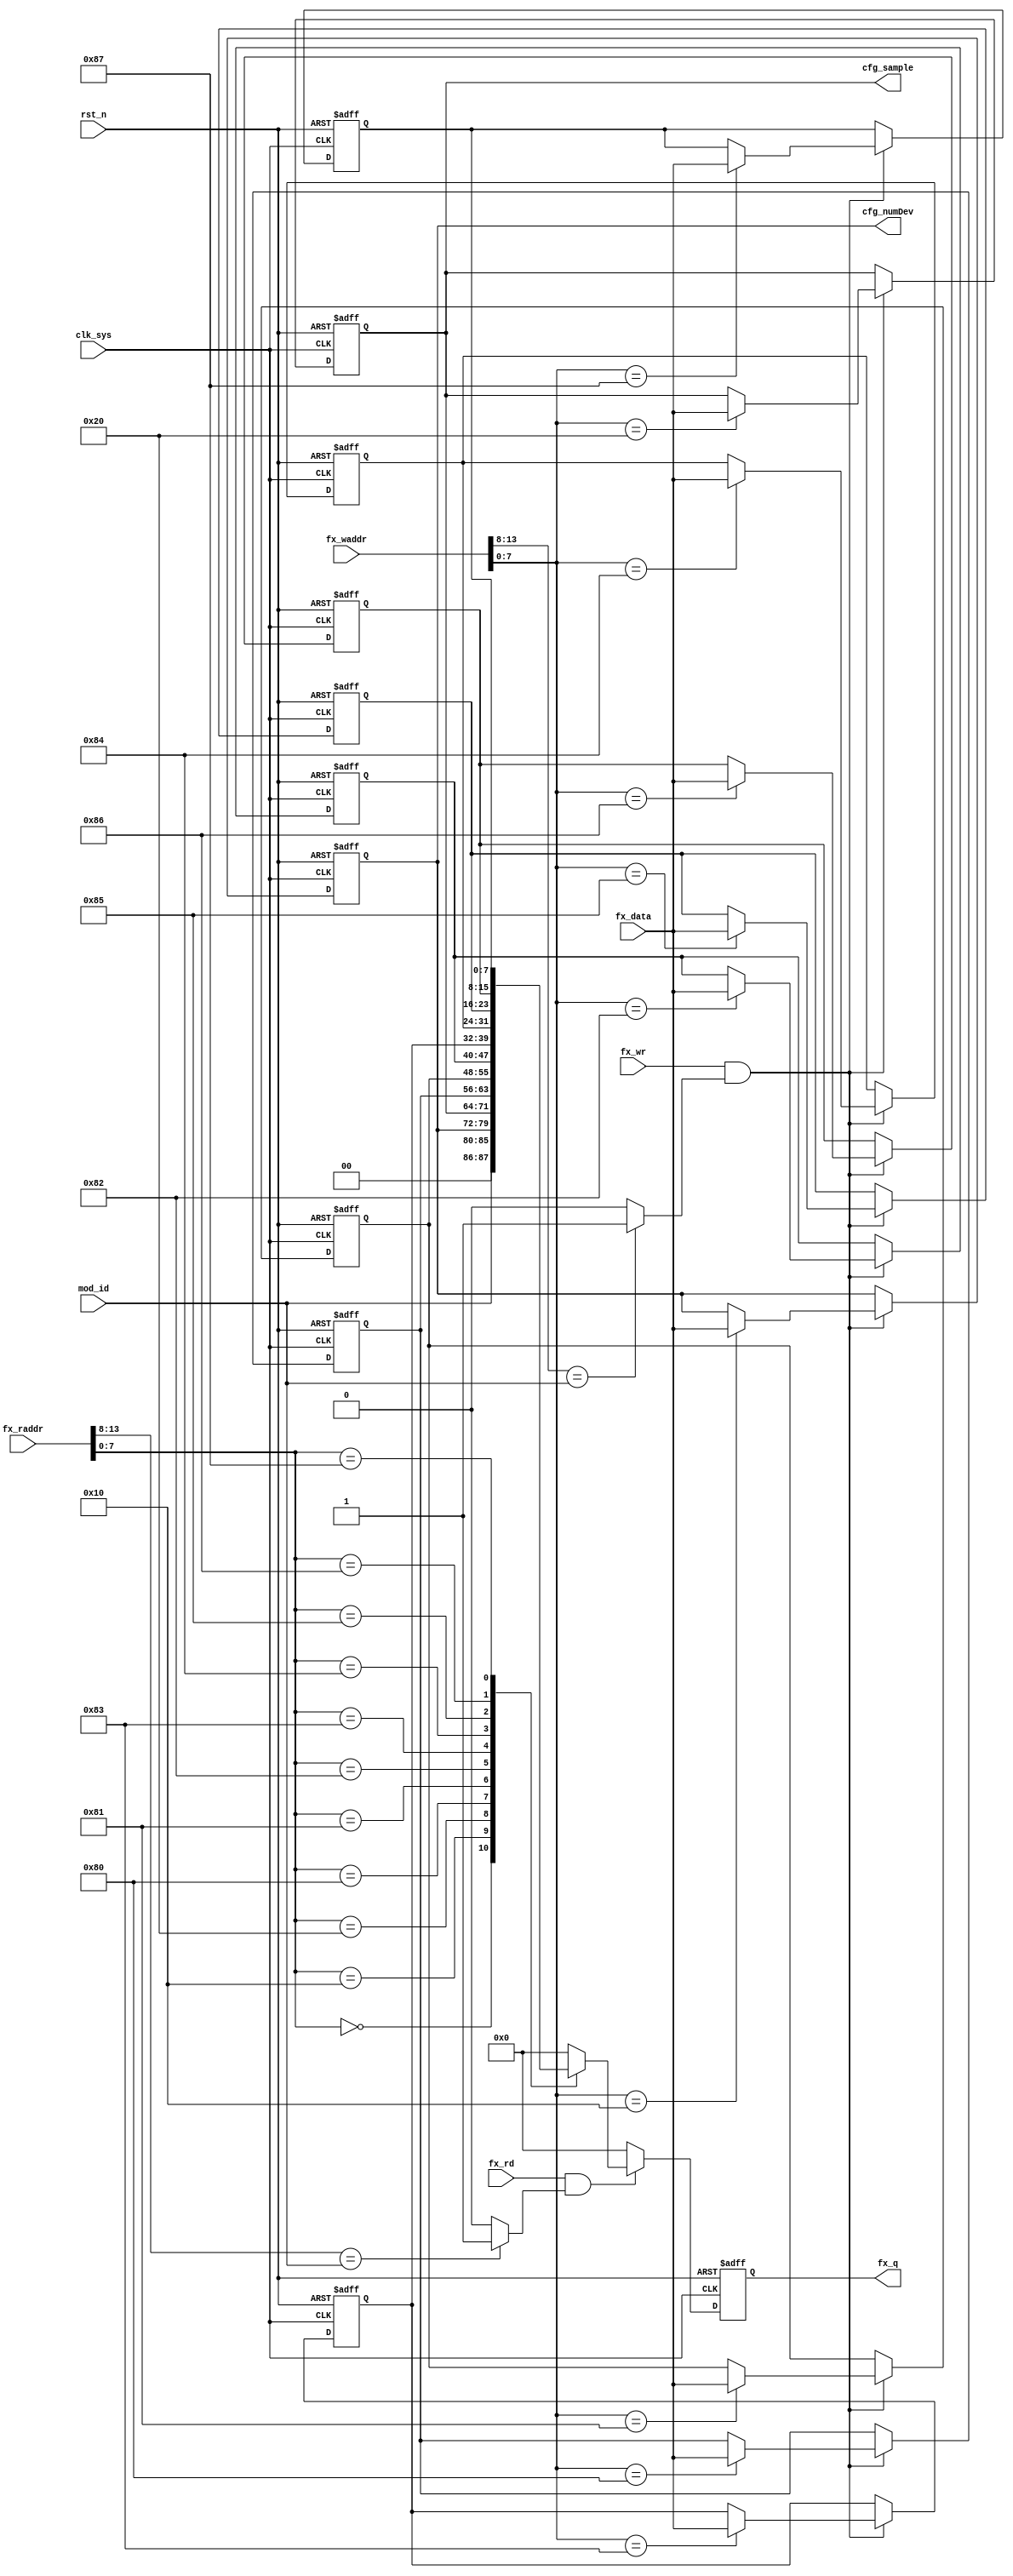
//fetch_reg.v

module fetch_reg(
//fx bus
fx_waddr,
fx_wr,
fx_data,
fx_rd,
fx_raddr,
fx_q,
mod_id,
//configuration
cfg_numDev,
cfg_sample,
//clk rst
clk_sys,
rst_n
);
//fx_bus
input 				fx_wr;
input [7:0]		fx_data;
input [15:0]	fx_waddr;
input [15:0]	fx_raddr;
input 				fx_rd;
output  [7:0]	fx_q;
input [5:0] mod_id;
//configuration
output [7:0]	cfg_numDev;
output [7:0]	cfg_sample;
//clk rst
input clk_sys;
input rst_n;

//-----------------------------------------
//-----------------------------------------

wire dev_wsel = (fx_waddr[13:8]== mod_id) ? 1'b1 :1'b0;
wire dev_rsel = (fx_raddr[13:8]== mod_id) ? 1'b1 :1'b0;

wire now_wr = fx_wr & dev_wsel;
wire now_rd = fx_rd & dev_rsel;


//--------- register --------
reg [7:0]	cfg_numDev;
reg [7:0]	cfg_sample;
reg [7:0] cfg_dbg0;
reg [7:0] cfg_dbg1;
reg [7:0] cfg_dbg2;
reg [7:0] cfg_dbg3;
reg [7:0] cfg_dbg4;
reg [7:0] cfg_dbg5;
reg [7:0] cfg_dbg6;
reg [7:0] cfg_dbg7;



//--------- write register ----------
always @ (posedge clk_sys or negedge rst_n)	begin
	if(~rst_n)	begin
		cfg_numDev <= 8'd20;
		cfg_sample <= 8'd20;
		cfg_dbg0 <= 8'h80;
		cfg_dbg1 <= 8'h81;
		cfg_dbg2 <= 8'h82;
		cfg_dbg3 <= 8'h83;
		cfg_dbg4 <= 8'h84;
		cfg_dbg5 <= 8'h85;
		cfg_dbg6 <= 8'h86;
		cfg_dbg7 <= 8'h87;
	end
	else if(now_wr) begin
		case(fx_waddr[7:0])
			8'h10 : cfg_numDev <= fx_data;
			8'h20 : cfg_sample <= fx_data;
			8'h80 : cfg_dbg0 <= fx_data;
			8'h81 : cfg_dbg1 <= fx_data;
			8'h82 : cfg_dbg2 <= fx_data;
			8'h83 : cfg_dbg3 <= fx_data;
			8'h84 : cfg_dbg4 <= fx_data;
			8'h85 : cfg_dbg5 <= fx_data;
			8'h86 : cfg_dbg6 <= fx_data;
			8'h87 : cfg_dbg7 <= fx_data;
			default : ;
		endcase
	end
	else ;
end
			

//---------- read register ---------
reg [7:0] q0;
always @(posedge clk_sys or negedge rst_n)	begin
	if(~rst_n) begin
		q0 <= 8'h0;
	end
	else if(now_rd) begin
		case(fx_raddr[7:0])
			8'h0  : q0 <= mod_id;
			8'h10 : q0 <= cfg_numDev;
			8'h20 : q0 <= cfg_sample;
			8'h80 : q0 <= cfg_dbg0;
			8'h81 : q0 <= cfg_dbg1;
			8'h82 : q0 <= cfg_dbg2;
			8'h83 : q0 <= cfg_dbg3;
			8'h84 : q0 <= cfg_dbg4;
			8'h85 : q0 <= cfg_dbg5;
			8'h86 : q0 <= cfg_dbg6;
			8'h87 : q0 <= cfg_dbg7;
			
			default : q0 <= 8'h0;
		endcase
	end
	else 
		q0 <= 8'h0;
end

wire [7:0] fx_q;
assign fx_q = q0;
	
	
endmodule